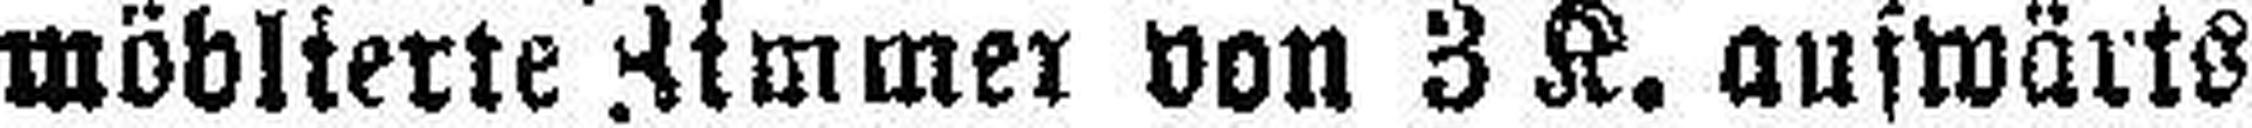
möblierte Zimmer von 3 K. auswärts